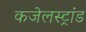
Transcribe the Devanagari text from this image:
कजेलस्ट्रांड